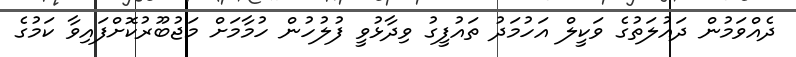
ދެއްވަމުން ދައުލަތުގެ ވަކީލް އަހުމަދު ތައުފީގު ވިދާޅުވީ ފުލުހުން ހުމާމަށް މަޖުބޫރުކޮށްފައިވާ ކަމުގެ